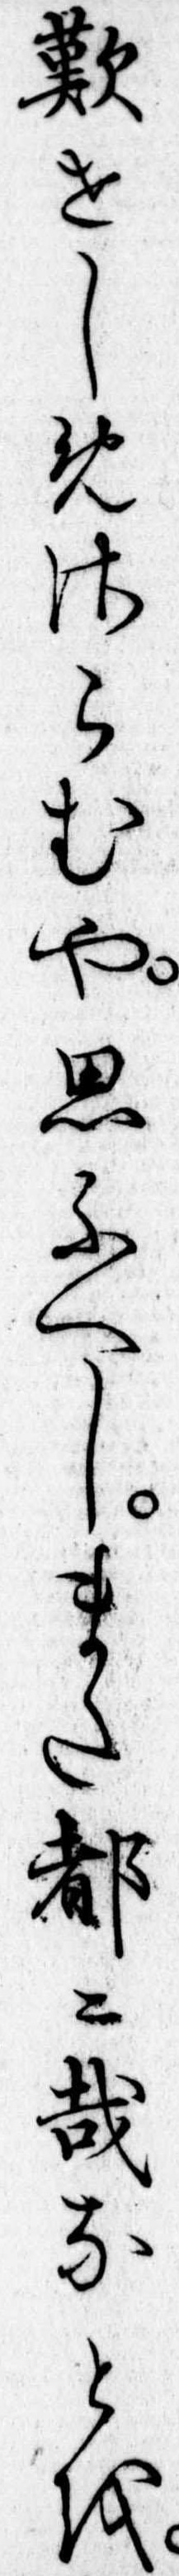
歎せしめさらむや思ふへしまた都哉なとを